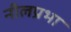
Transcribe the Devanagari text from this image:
नीलप्रभा